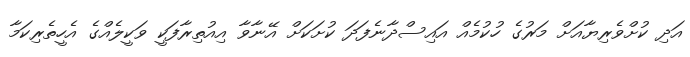
އަދި ކުށްވެރިޔާއަށް މަރުގެ ހުކުމެއް އައިސްދާނެފަދަ ކުށަކަށް އޭނާވާ އިއުތިރާފަކީ ވަކީލެއްގެ އެހީތެރިކަމާ